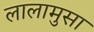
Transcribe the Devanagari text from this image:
लालामुसा